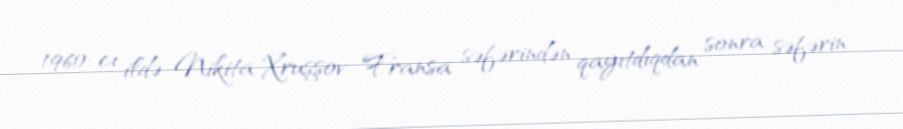
1960-cı ildə Nikita Xruşşov Fransa səfərindən qayıtdıqdan sonra səfərin